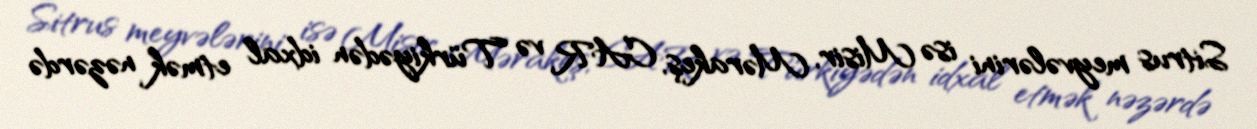
Sitrus meyvələrini isə Misir, Mərakeş, CAR və Türkiyədən idxal etmək nəzərdə